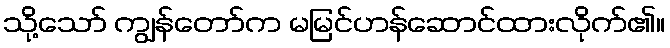
သို့သော် ကျွန်တော်က မမြင်ဟန်ဆောင်ထားလိုက်၏။